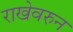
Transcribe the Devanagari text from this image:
राखेवरुन